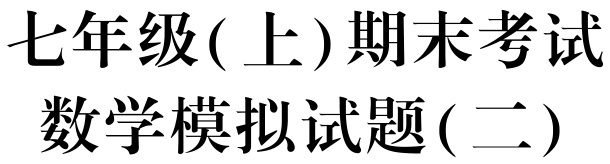
七年级(上)期末考试

数学模拟试题(二)